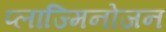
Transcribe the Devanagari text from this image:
प्लाज्मिनोजन